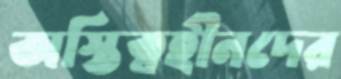
অস্তিত্বহীনদের